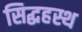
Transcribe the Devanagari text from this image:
सिद्धहस्थ